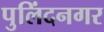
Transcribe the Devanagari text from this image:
पुलिंदनगर